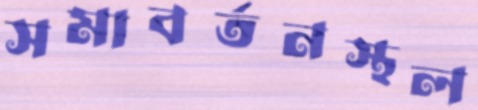
সমাবর্তনস্থল